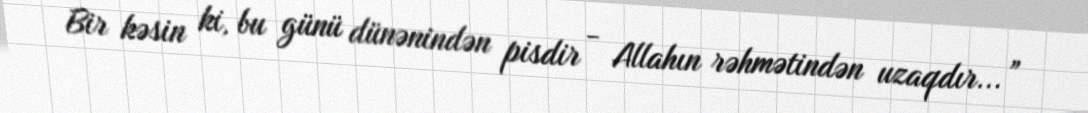
Bir kəsin ki, bu günü dünənindən pisdir - Allahın rəhmətindən uzaqdır...”